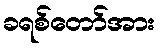
ခရစ်တော်အား